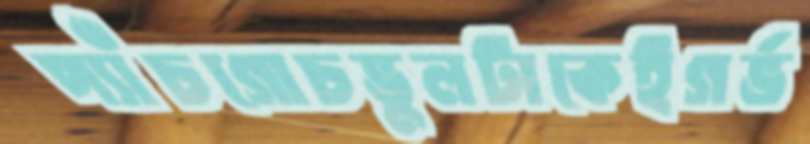
প্যাঁচগোচভুলটাকেইগর্ভ